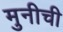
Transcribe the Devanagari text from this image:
मुनीची